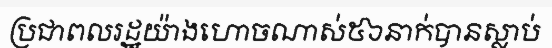
ប្រជាពលរដ្ឋយ៉ាងហោចណាស់៥៦នាក់បានស្លាប់